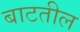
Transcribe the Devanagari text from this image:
बाटतील